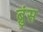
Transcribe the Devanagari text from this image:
ब्रुंस